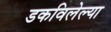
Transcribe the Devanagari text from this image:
डकविलेल्या